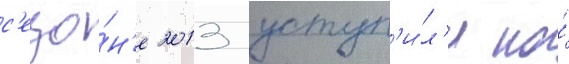
с'езо́н'е 2013 уступ'и́л'и по́